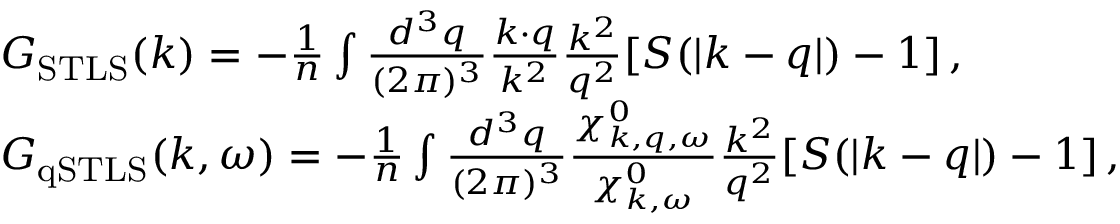
\begin{array} { r l } & { G _ { \mathrm { S T L S } } ( \boldsymbol { k } ) = - \frac { 1 } { n } \int \frac { d ^ { 3 } q } { ( 2 \pi ) ^ { 3 } } \frac { \boldsymbol { k } \cdot \boldsymbol { q } } { k ^ { 2 } } \frac { k ^ { 2 } } { q ^ { 2 } } [ S ( | \boldsymbol { k } - \boldsymbol { q } | ) - 1 ] \, , } \\ & { G _ { \mathrm { q S T L S } } ( \boldsymbol { k } , \omega ) = - \frac { 1 } { n } \int \frac { d ^ { 3 } q } { ( 2 \pi ) ^ { 3 } } \frac { \chi _ { \boldsymbol { k } , \boldsymbol { q } , \omega } ^ { 0 } } { \chi _ { \boldsymbol { k } , \omega } ^ { 0 } } \frac { k ^ { 2 } } { q ^ { 2 } } [ S ( | \boldsymbol { k } - \boldsymbol { q } | ) - 1 ] \, , } \end{array}